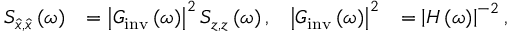
\begin{array} { r l r l } { S _ { \hat { x } , \hat { x } } \left( \omega \right) } & { = \left| G _ { \mathrm { i n v } } \left( \omega \right) \right| ^ { 2 } S _ { z , z } \left( \omega \right) , } & { \left| G _ { \mathrm { i n v } } \left( \omega \right) \right| ^ { 2 } } & { = \left| H \left( \omega \right) \right| ^ { - 2 } , } \end{array}